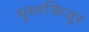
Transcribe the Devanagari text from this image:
मुस्तफिजूर